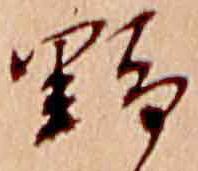
野